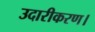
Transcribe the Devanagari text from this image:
उदारीकरण।